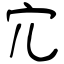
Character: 宂